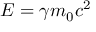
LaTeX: E = \gamma m _ { 0 } c ^ { 2 }